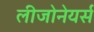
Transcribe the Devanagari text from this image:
लीजोनेयर्स